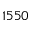
1 5 5 0